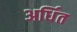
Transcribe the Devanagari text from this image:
अर्धित